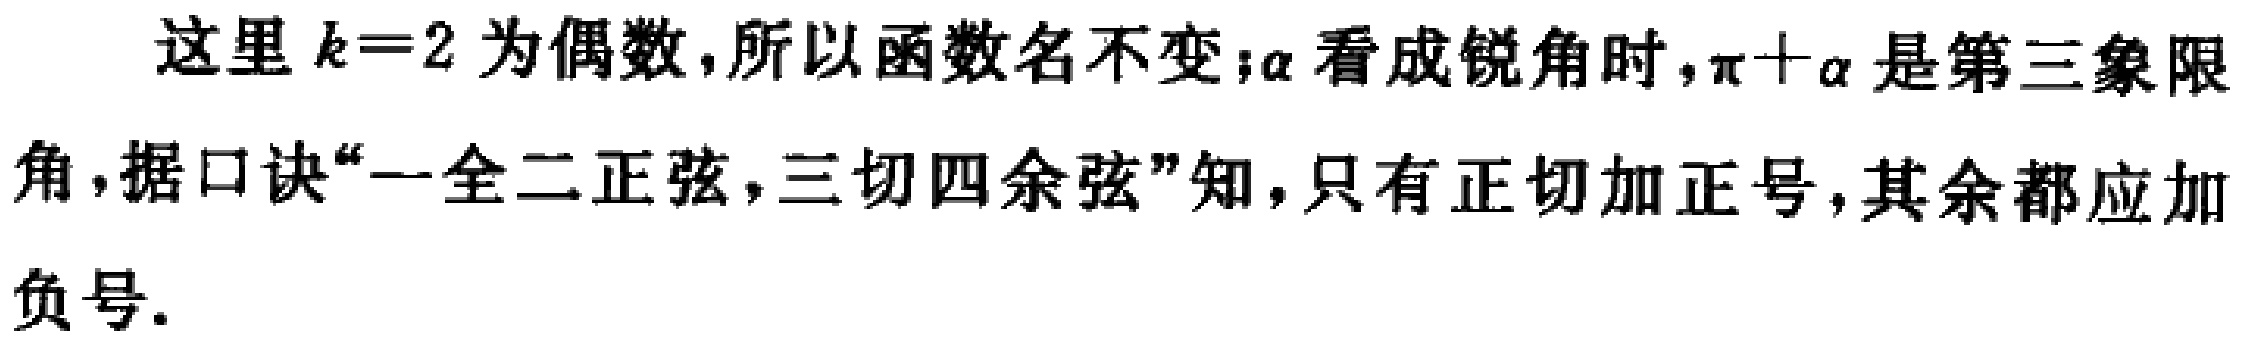
这里 \(k = 2\) 为偶数,所以函数名不变;\(\alpha\) 看成锐角时,\(\pi+\alpha\) 是第三象限角,据口诀“一全二正弦,三切四余弦”知,只有正切加正号,其余都应加负号.